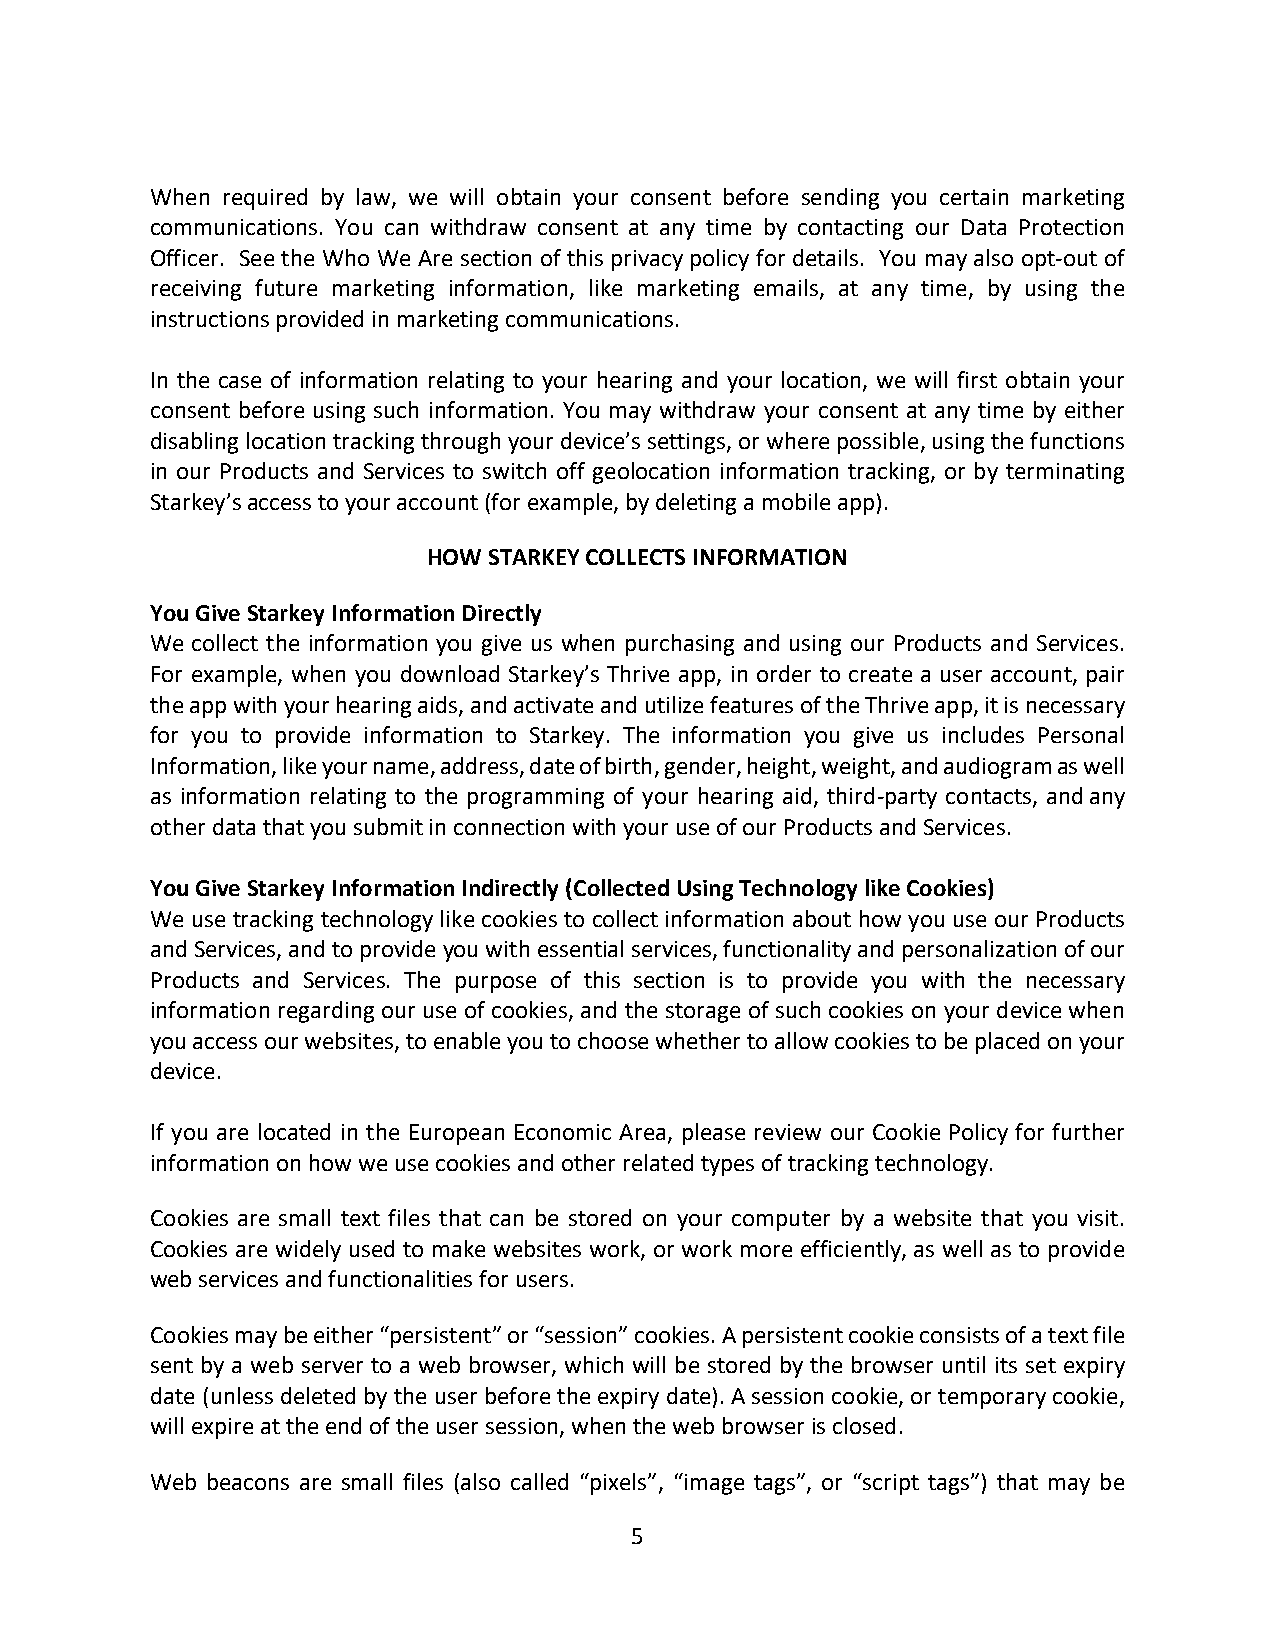
When required by law, we will obtain your consent before sending you certain marketing
 communications. You can withdraw consent at any time by contacting our Data Protection
 Officer. See the Who We Are section of this privacy policy for details. You may also opt-out of
 receiving future marketing information, like marketing emails, at any time, by using the
 instructions provided in marketing communications.
 In the case of information relating to your hearing and your location, we will first obtain your
 consent before using such information. You may withdraw your consent at any time by either
 disabling location tracking through your device’s settings, or where possible, using the functions
 in our Products and Services to switch off geolocation information tracking, or by terminating
 Starkey’s access to your account (for example, by deleting a mobile app).
 HOW STARKEY COLLECTS INFORMATION
 You Give Starkey Information Directly
 We collect the information you give us when purchasing and using our Products and Services.
 For example, when you download Starkey’s Thrive app, in order to create a user account, pair
 the app with your hearing aids, and activate and utilize features of the Thrive app, it is necessary
 for you to provide information to Starkey. The information you give us includes Personal
 Information, like your name, address, date of birth, gender, height, weight, and audiogram as well
 as information relating to the programming of your hearing aid, third-party contacts, and any
 other data that you submit in connection with your use of our Products and Services.
 You Give Starkey Information Indirectly (Collected Using Technology like Cookies)
 We use tracking technology like cookies to collect information about how you use our Products
 and Services, and to provide you with essential services, functionality and personalization of our
 Products and Services. The purpose of this section is to provide you with the necessary
 information regarding our use of cookies, and the storage of such cookies on your device when
 you access our websites, to enable you to choose whether to allow cookies to be placed on your
 device.
 If you are located in the European Economic Area, please review our Cookie Policy for further
 information on how we use cookies and other related types of tracking technology.
 Cookies are small text files that can be stored on your computer by a website that you visit.
 Cookies are widely used to make websites work, or work more efficiently, as well as to provide
 web services and functionalities for users.
 Cookies may be either “persistent” or “session” cookies. A persistent cookie consists of a text file
 sent by a web server to a web browser, which will be stored by the browser until its set expiry
 date (unless deleted by the user before the expiry date). A session cookie, or temporary cookie,
 will expire at the end of the user session, when the web browser is closed.
 Web beacons are small files (also called “pixels”, “image tags”, or “script tags”) that may be
 5